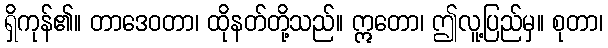
ရှိကုန်၏။ တာဒေဝတာ၊ ထိုနတ်တို့သည်။ ဣတော၊ ဤလူ့ပြည်မှ။ စုတာ၊